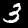
Label: 3